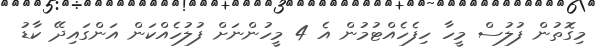
މިގޮތުން ފުލުސް މީހާ ހިފެހެއްޓުމުން އެ 4 މީހުންނަށް ފުލުހެއްކަން އަންގައިދޭ ކާޑު